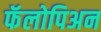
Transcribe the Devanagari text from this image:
फॅलोपिअन